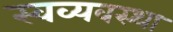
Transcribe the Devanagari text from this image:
स्वव्यवस्था